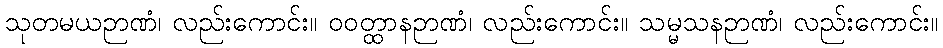
သုတမယဉာဏံ၊ လည်းကောင်း။ ဝဝတ္ထာနဉာဏံ၊ လည်းကောင်း။ သမ္မသနဉာဏံ၊ လည်းကောင်း။